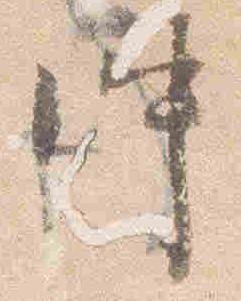
仲